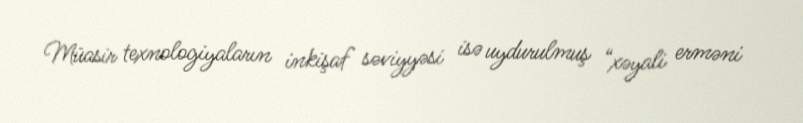
Müasir texnologiyaların inkişaf səviyyəsi isə uydurulmuş “xəyali erməni